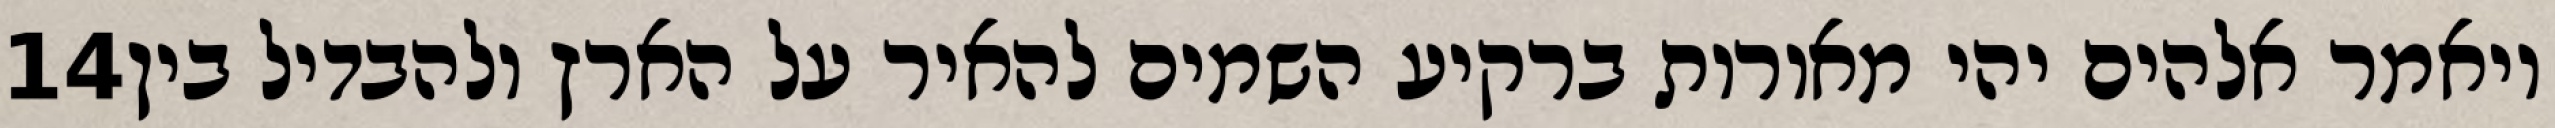
‎14‏ ויאמר אלהים יהי מאורות ברקיע השמים להאיר על הארץ ולהבדיל בין